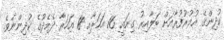
ކުދިންގެ އުމުރުފުރާއަށް ބަލާއިރު ގިނައީ 16 އަހަރާއި 18 އަހަރާ ދެމެދުގެ ކުދިންނެވެ.